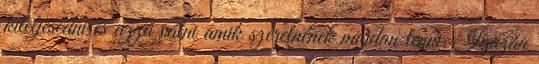
kiteljesedni és azzá válni amik szeretnének majdan lenni. Igazán